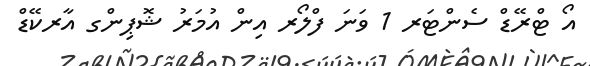
އޯ ޓްރޭޑް ސެންޓަރ 1 ވަނަ ފްލޯރ އިން އުމަރު ޝޮޕިންގ އާރކޭޑް